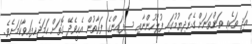
އަދި ތަކެތި ތަންތަނަށް ގެންދިޔުމުގައި ފުލުހުންނާއި ސިފައިންގެ ފަރާތުން އެހީވެދޭ ގޮތަށް ހަމަޖެހިފައިވާކަމަށެވެ.